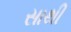
સાથી